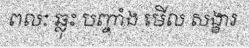
ពលៈ ឆ្លុះ បញ្ចាំង មើល សង្ខារ